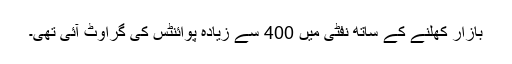
بازار کھلنے کے ساتھ نفٹی میں 400 سے زیادہ پوائنٹس کی گراوٹ آئی تھی۔